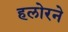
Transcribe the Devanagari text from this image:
हलोरने